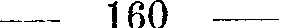
160